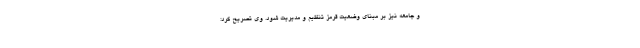
و جامعه نیز بر مبنای وضعیت قرمز تنظیم و مدیریت شود. وی تصریح کرد: